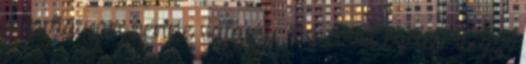
mindig van benne valami. Tíz évvel ezelőtt is azt